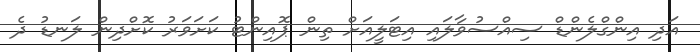
އަދި އިންގްލެންޑް ސިއްސުވާލައި އިޓަލީއަށް ތިން ޕޮއިންޓު ކަށަވަރު ކޮށްދިން ލަނޑު ދެ